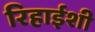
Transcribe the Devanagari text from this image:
रिहाईशी